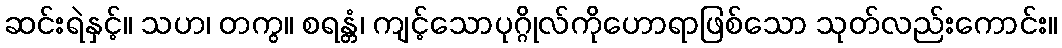
ဆင်းရဲနှင့်။ သဟ၊ တကွ။ စရန္တံ၊ ကျင့်သောပုဂ္ဂိုလ်ကိုဟောရာဖြစ်သော သုတ်လည်းကောင်း။